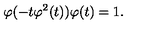
\varphi ( - t \varphi ^ { 2 } ( t ) ) \varphi ( t ) = 1 .